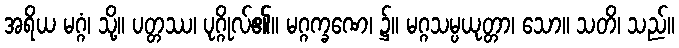
အရိယ မဂ္ဂံ၊ သို့။ ပတ္တဿ၊ ပုဂ္ဂိုလ်၏။ မဂ္ဂက္ခဏေ၊ ၌။ မဂ္ဂသမ္ပယုတ္တာ၊ သော။ သတိ၊ သည်။